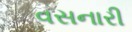
વસનારી